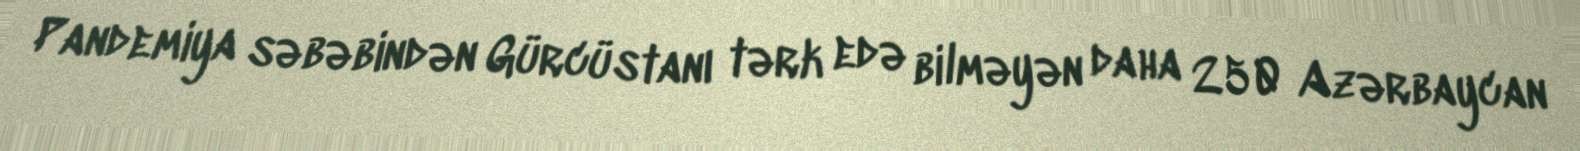
Pandemiya səbəbindən Gürcüstanı tərk edə bilməyən daha 250 Azərbaycan